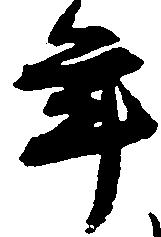
年